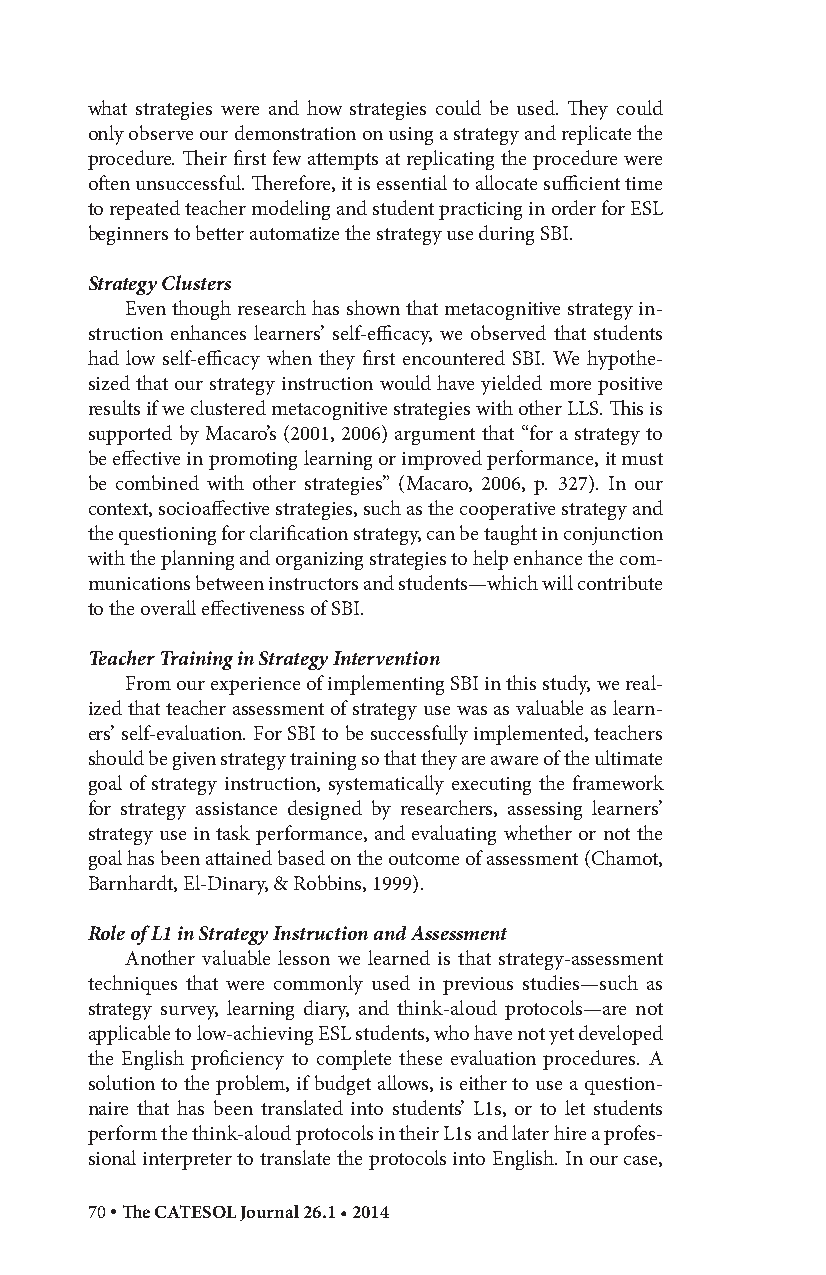
what strategies were and how strategies could be used. They could
 only observe our demonstration on using a strategy and replicate the
 procedure. Their first few attempts at replicating the procedure were
 often unsuccessful. Therefore, it is essential to allocate sufficient time
 to repeated teacher modeling and student practicing in order for ESL
 beginners to better automatize the strategy use during SBI.
 Strategy Clusters
 Even though research has shown that metacognitive strategy in-
 struction enhances learners’ self-efficacy, we observed that students
 had low self-efficacy when they first encountered SBI. We hypothe-
 sized that our strategy instruction would have yielded more positive
 results if we clustered metacognitive strategies with other LLS. This is
 supported by Macaro’s (2001, 2006) argument that “for a strategy to
 be effective in promoting learning or improved performance, it must
 be combined with other strategies” (Macaro, 2006, p. 327). In our
 context, socioaffective strategies, such as the cooperative strategy and
 the questioning for clarification strategy, can be taught in conjunction
 with the planning and organizing strategies to help enhance the com-
 munications between instructors and students—which will contribute
 to the overall effectiveness of SBI.
 Teacher Training in Strategy Intervention
 From our experience of implementing SBI in this study, we real-
 ized that teacher assessment of strategy use was as valuable as learn-
 ers’ self-evaluation. For SBI to be successfully implemented, teachers
 should be given strategy training so that they are aware of the ultimate
 goal of strategy instruction, systematically executing the framework
 for strategy assistance designed by researchers, assessing learners’
 strategy use in task performance, and evaluating whether or not the
 goal has been attained based on the outcome of assessment (Chamot,
 Barnhardt, El-Dinary, & Robbins, 1999).
 Role of L1 in Strategy Instruction and Assessment
 Another valuable lesson we learned is that strategy-assessment
 techniques that were commonly used in previous studies—such as
 strategy survey, learning diary, and think-aloud protocols—are not
 applicable to low-achieving ESL students, who have not yet developed
 the English proficiency to complete these evaluation procedures. A
 solution to the problem, if budget allows, is either to use a question-
 naire that has been translated into students’ L1s, or to let students
 perform the think-aloud protocols in their L1s and later hire a profes-
 sional interpreter to translate the protocols into English. In our case,
 70 • The CATESOL Journal 26.1 • 2014